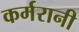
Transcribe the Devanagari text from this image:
कर्मरानी